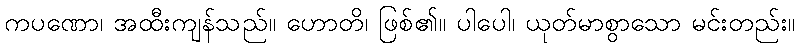
ကပဏော၊ အထီးကျန်သည်။ ဟောတိ၊ ဖြစ်၏။ ပါပေါ၊ ယုတ်မာစွာသော မင်းတည်း။